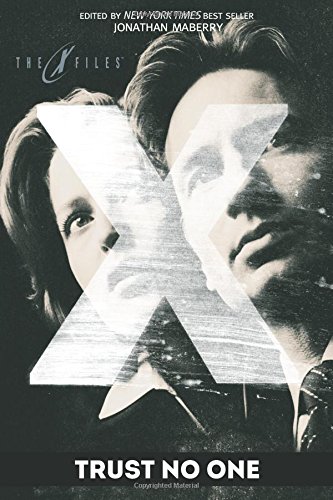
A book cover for X-Files: Trust No One; Brian Keene; Science Fiction & Fantasy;